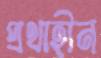
প্রথাহীন